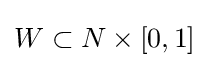
W\subset N\times [0,1]